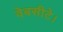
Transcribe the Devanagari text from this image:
वेबसीटे।